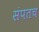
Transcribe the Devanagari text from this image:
संपतच